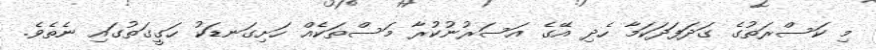
މި ކަސްރަތުގެ ގަދަފަދަކަމާ ހެދި އޭގެ އަސަރުނުކުރާ މަސްތަކެއް ހަށިގަނޑަކު ހަގީގަތުގައި ނެތެވެ.